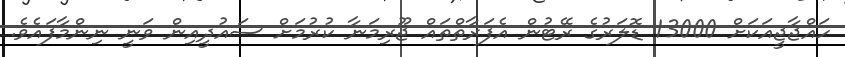
ހައްޖާޖީއަކަށް 13000 ޑޮލަރުގެ ރޭޓުން އެފަރާތްތައް ޖޫރިމަނާ ކުރުމަށް ސައުދީއިން ވަނީ ނިންމާފައެވެ.